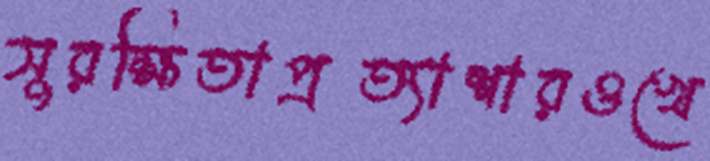
সুরক্ষিতাপ্রত্যাশারওখে